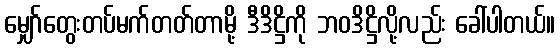
မျှော်တွေးတပ်မက်တတ်တာမို့ ဒီဒိဋ္ဌိကို ဘဝဒိဋ္ဌိလို့လည်း ခေါ်ပါတယ်။